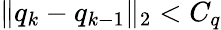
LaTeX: \| q_{k}-q_{k-1}\| _{2}<C_{q}